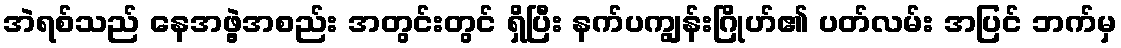
အဲရစ်သည် နေအဖွဲ့အစည်း အတွင်းတွင် ရှိပြီး နက်ပကျွန်းဂြိုဟ်၏ ပတ်လမ်း အပြင် ဘက်မှ